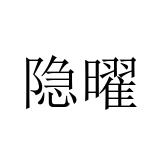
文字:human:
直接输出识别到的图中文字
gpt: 隐曜